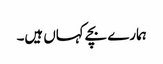
ہمارے بچے کہاں ہیں۔